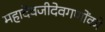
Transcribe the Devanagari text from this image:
महादेवजीदेवगणोंको